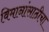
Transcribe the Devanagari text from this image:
विमानांसाठीचा